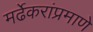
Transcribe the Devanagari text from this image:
मर्ढेकरांप्रमाणे